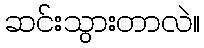
ဆင်းသွားတာလဲ။